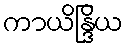
ကာယိန္ဒြိယ